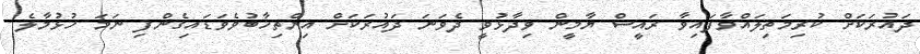
ދައުރަކަށް ކުރިމަތިލައްވާފައިވާ ރައީސް ޔާމީން ވިދާޅުވީ ދެވަނަ ދައުރަކަށް އިންތިޚާބުވެވަޑައިގެންފި ނަމަ ހުޅުމާލެ